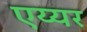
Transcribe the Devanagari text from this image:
एय्यर